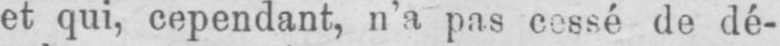
et qui, cependant, n’a pas cessé de dé-